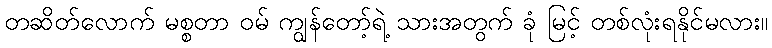
တဆိတ်လောက် မစ္စတာ ဝမ် ကျွန်တော့်ရဲ့ သားအတွက် ခုံ မြင့် တစ်လုံးရနိုင်မလား။